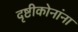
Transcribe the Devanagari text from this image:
दृष्टीकोनांना